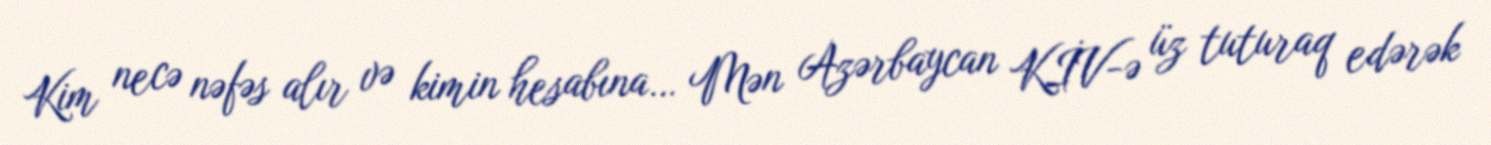
Kim necə nəfəs alır və kimin hesabına… Mən Azərbaycan KİV-ə üz tuturaq edərək